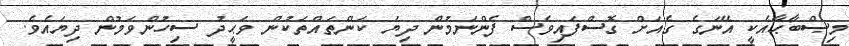
މިޞްބާޙާއެކީ އޭނަގެ ގެއަށް ގޮސްފައިވެސް ފެންނަމުން ދިޔަ ކަންތައްތަކުން ވަޙީދު ސިހުންވަމުން ދިޔައެވެ.